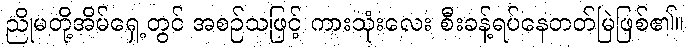
ညိုမတို့အိမ်ရှေ့တွင် အစဉ်သဖြင့် ကားသုံးလေး စီးခန့်ရပ်နေတတ်မြဲဖြစ်၏။